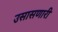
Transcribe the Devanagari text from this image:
उसासणारी